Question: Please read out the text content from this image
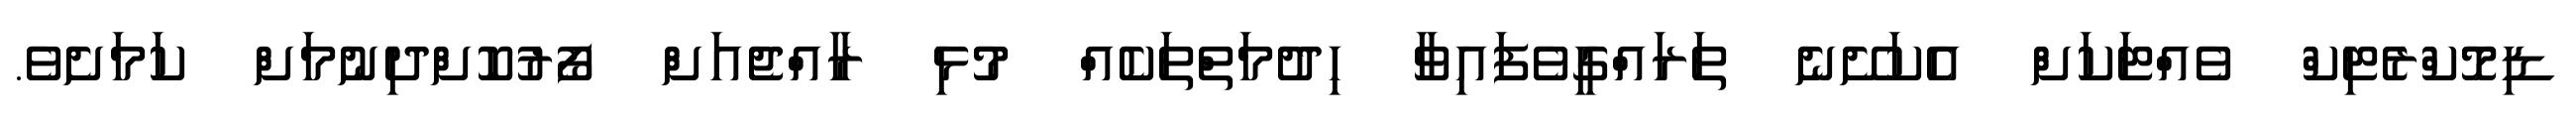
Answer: ޑިމޮކްރެޓިކް ވެއްޓަކަށް އެކަށޭނެ ތަރައްގީވެފައިވާ ހިދުމަތްތަކެއް މުޅި ރާއްޖެއަށް ފޯރުކޮށްދިނުމަށް ކަމަށެވެ.